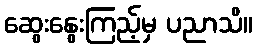
ဆွေးနွေးကြည့်မှ ပညာသိ။